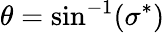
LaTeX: \theta=\sin^{-1}(\sigma^{*})